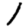
Digit: 1